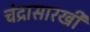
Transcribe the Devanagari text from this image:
चंद्रासारखी